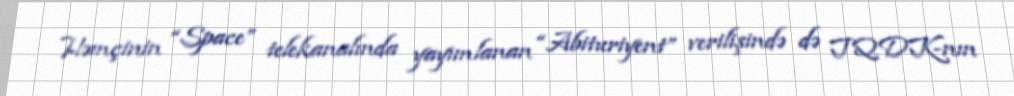
Həmçinin “Space” telekanalında yayımlanan “Abituriyent” verilişində də TQDK-nın